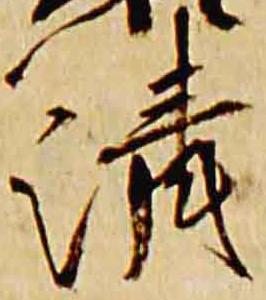
清